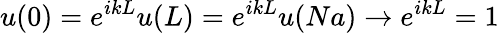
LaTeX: u(0)=e^{ikL}u(L)=e^{ikL}u(Na)\to e^{ikL}=1